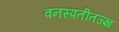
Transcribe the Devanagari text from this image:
वनस्पतीतज्ज्ञ